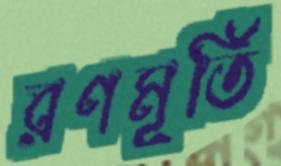
রণমূর্তি